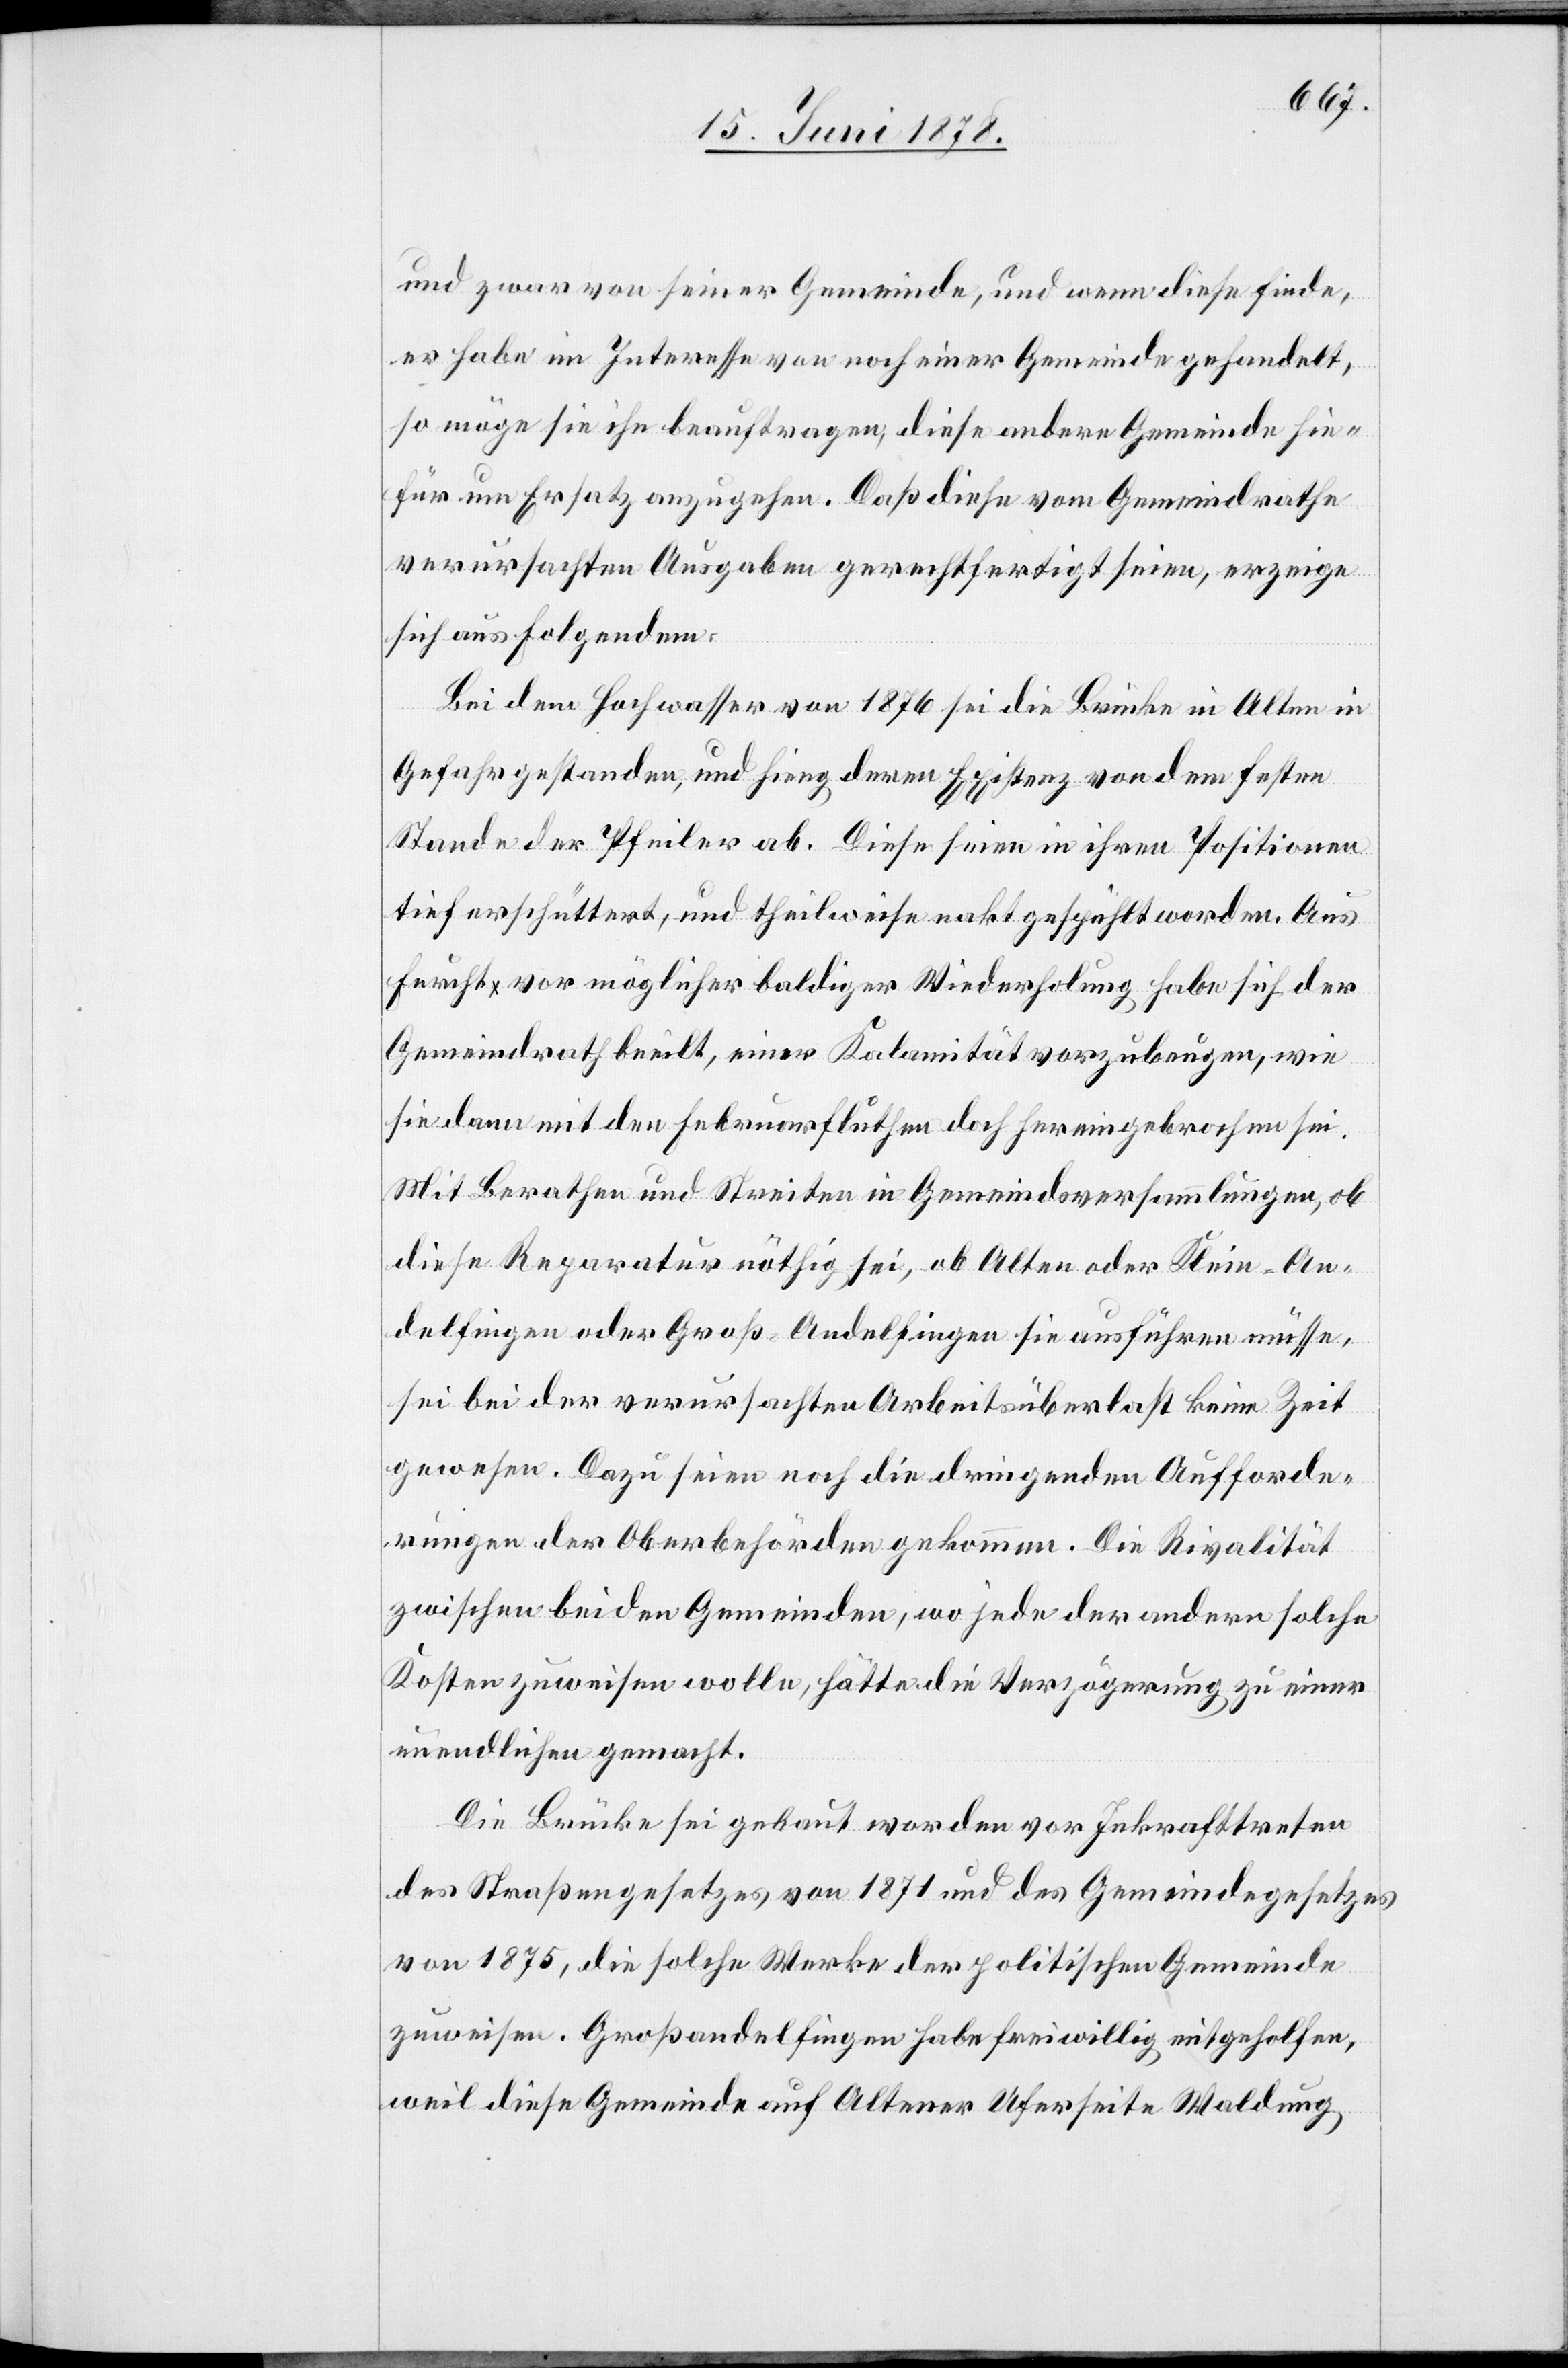
und zwar von seiner Gemeinde, und wenn diese finde,
er habe im Interesse von noch einer Gemeinde gehandelt,
so möge sie ihn beauftragen, diese andere Gemeinde hie¬
für um Ersatz anzugehen. Daß diese vom Gemeindrathe
verursachten Ausgaben gerechtfertigt seien, erzeige
sich aus Folgendem:
Bei dem Hochwasser von 1876 sei die Brücke in Alten in
Gefahr gestanden, und hieng deren Existenz von dem festen
Stande der Pfeiler ab. Diese seien in ihren Positionen
tief erschüttert, und theilweise nakt gespühlt worden. Aus
Furcht vor möglicher baldiger Wiederholung habe sich der
Gemeindrath beeilt, einer Kalamität vorzubeugen, wie
sie dann mit den Februarfluthen doch hereingebrochen sei.
Mit Berathen und Streiten in Gemeindsversammlungen, ob
diese Reparatur nöthig sei, ob Alten oder Klein-An¬
delfingen oder Groß-Andelfingen sie ausführen müsse,
sei bei der verursachten Arbeitsüberlast keine Zeit
gewesen. Dazu seien noch die dringenden Aufforde¬
rungen der Oberbehörden gekommen. Die Rivalität
zwischen beiden Gemeinden, wo jede der andern solche
Kosten zuweisen wolle, hätte die Verzögerung zu einer
unendlichen gemacht.
Die Brücke sei gebaut worden vor Inkrafttreten
des Straßengesetzes von 1871 und des Gemeindegesetzes
von 1875, die solche Werke der politischen Gemeinde
zuweisen. Großandelfingen habe freiwillig mitgeholfen,
weil diese Gemeinde auf Altener Uferseite Waldung